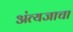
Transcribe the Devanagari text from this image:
अंत्यजाचा